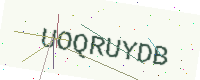
Text: UOQRUYDB